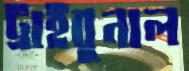
ট্রাইবুনাল